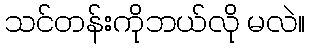
သင်တန်းကိုဘယ်လို မလဲ။